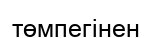
төмпегінен